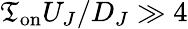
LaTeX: \mathfrak{T}_{\mathrm{{on}}}U_{J}/D_{J}\gg4